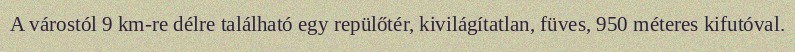
A várostól 9 km-re délre található egy repülőtér, kivilágítatlan, füves, 950 méteres kifutóval.